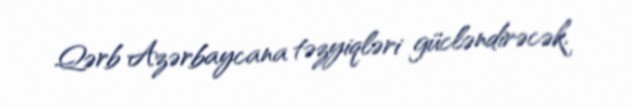
Qərb Azərbaycana təzyiqləri gücləndirəcək.